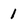
Character: 1